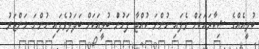
ބުލީއެއްގެ ޝިކާރައަކަށް ވެފައި ހުންނަ ކުއްޖާ ފަހުނުް ބުލީއަކަށް ބަދަލުވެފައި ހުންނަ މަންޒަރު